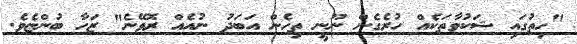
"ހިތުގައި ޝަކުވާތަކެއް ހުރެގެން ނޫނީ ތިހެން އަބަދު ނުއެއް ރޮވޭނެ" ޒަހާ ބުންޏެވެ.